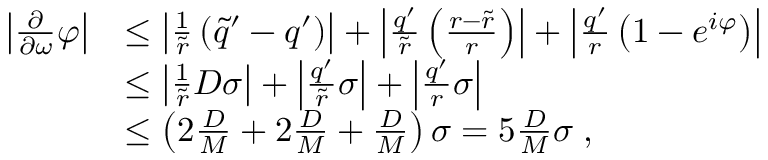
\begin{array} { r l } { \left| \frac { \partial } { \partial \omega } \varphi \right| } & { \leq \left| \frac { 1 } { \widetilde { r } } \left( \widetilde { q } ^ { \prime } - q ^ { \prime } \right) \right| + \left| \frac { q ^ { \prime } } { \widetilde { r } } \left( \frac { r - \widetilde { r } } { r } \right) \right| + \left| \frac { q ^ { \prime } } { r } \left( 1 - e ^ { i \varphi } \right) \right| } \\ & { \leq \left| \frac { 1 } { \widetilde { r } } D \sigma \right| + \left| \frac { q ^ { \prime } } { \widetilde { r } } \sigma \right| + \left| \frac { q ^ { \prime } } { r } \sigma \right| } \\ & { \leq \left( 2 \frac { D } { M } + 2 \frac { D } { M } + \frac { D } { M } \right) \sigma = 5 \frac { D } { M } \sigma \; , } \end{array}